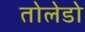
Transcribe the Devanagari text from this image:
तोलेडो